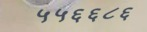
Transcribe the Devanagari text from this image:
५५६६८६